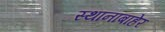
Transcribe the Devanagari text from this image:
स्थानाबाहेर